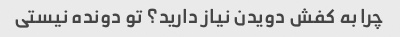
چرا به کفش دویدن نیاز دارید؟ تو دونده نیستی